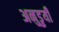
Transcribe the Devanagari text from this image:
अनुडुयी